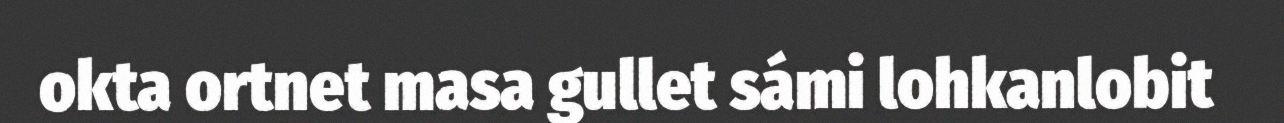
okta ortnet masa gullet sámi lohkanlobit